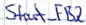
Text: Start_FB2